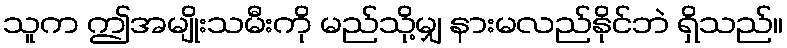
သူက ဤအမျိုးသမီးကို မည်သို့မျှ နားမလည်နိုင်ဘဲ ရှိသည်။